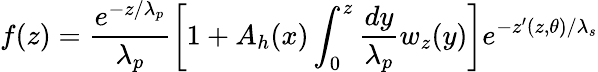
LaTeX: f(z)=\frac{e^{-z/\lambda_{p}}}{\lambda_{p}}\left[1+A_{h}(x)\int_{0}^{z}\frac{dy}{\lambda_{p}}w_{z}(y)\right]e^{-z^{\prime}(z,\theta)/\lambda_{s}}